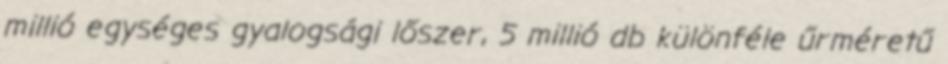
millió egységes gyalogsági lőszer, 5 millió db különféle űrméretű